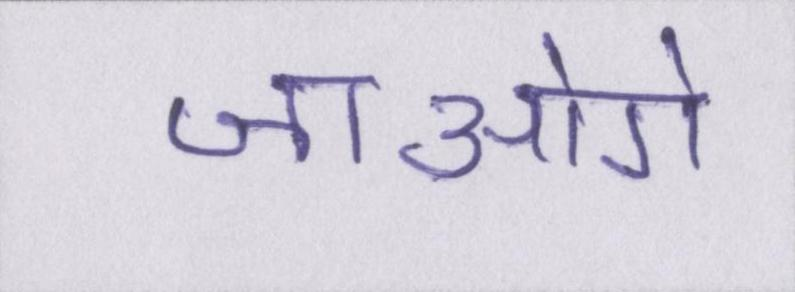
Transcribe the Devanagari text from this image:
जाओगे